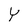
Character: Y